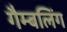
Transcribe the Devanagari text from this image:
गैम्बलिंग